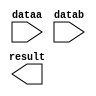
module lpm_add_sub035523 (
	dataa,
	datab,
	result);

	input	[23:0]  dataa;
	input	[23:0]  datab;
	output	[23:0]  result;

endmodule